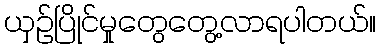
ယှဉ်ပြိုင်မှုတွေတွေ့လာရပါတယ်။